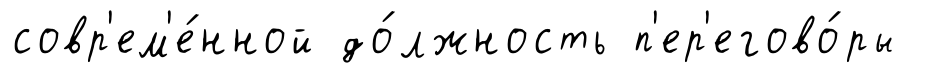
совр'ем'е́нной до́лжность п'ер'егово́ры